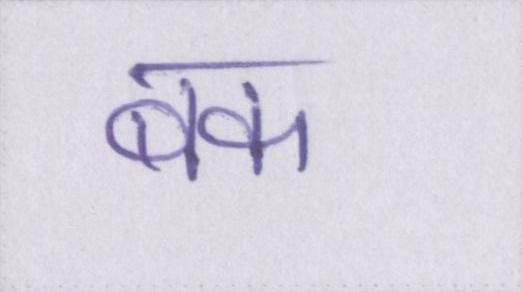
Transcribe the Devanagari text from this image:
बक